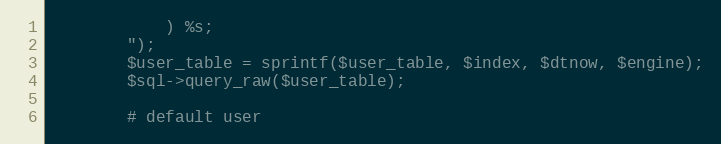
Language: PHP
			) %s;
		");
		$user_table = sprintf($user_table, $index, $dtnow, $engine);
		$sql->query_raw($user_table);

		# default user